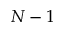
N - 1